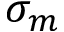
\sigma _ { m }